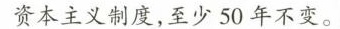
资本主义制度，至少50年不变。